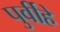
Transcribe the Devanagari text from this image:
पुर्वीहे